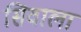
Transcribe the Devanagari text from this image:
सिवाला